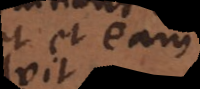
et eam